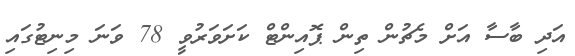
އަދި ބާސާ އަށް މެޗުން ތިން ޕޮއިންޓް ކަށަވަރުވީ 78 ވަނަ މިނިޓުގައި